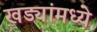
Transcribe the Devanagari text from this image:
खड्यांमध्ये